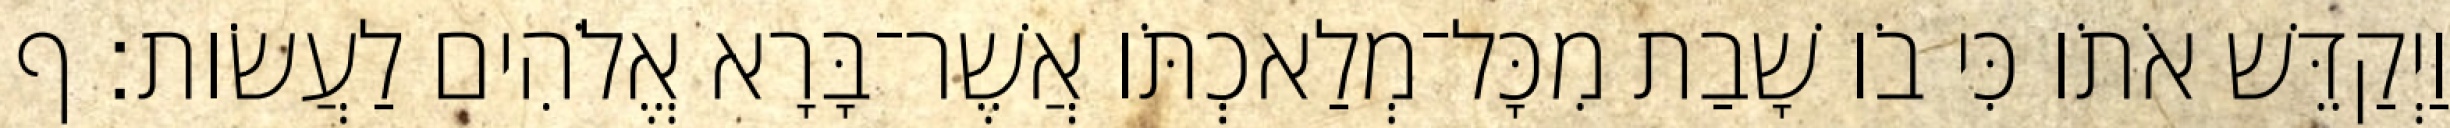
וַיְקַדֵּשׁ אֹתֹו כִּי בֹו שָׁבַת מִכָּל־מְלַאכְתֹּו אֲשֶׁר־בָּרָא אֱלֹהִים לַעֲשֹׂות׃ ף